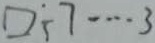
\square \div 7 \cdots 3